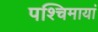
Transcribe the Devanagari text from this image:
पश्चिमायां